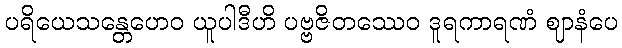
ပရိယေသန္တေဟေဝ ယူပါဒီဟိ ပဗ္ဗဇိတဿေဝ ဒူရကာရဏံ ဈာနံပေ